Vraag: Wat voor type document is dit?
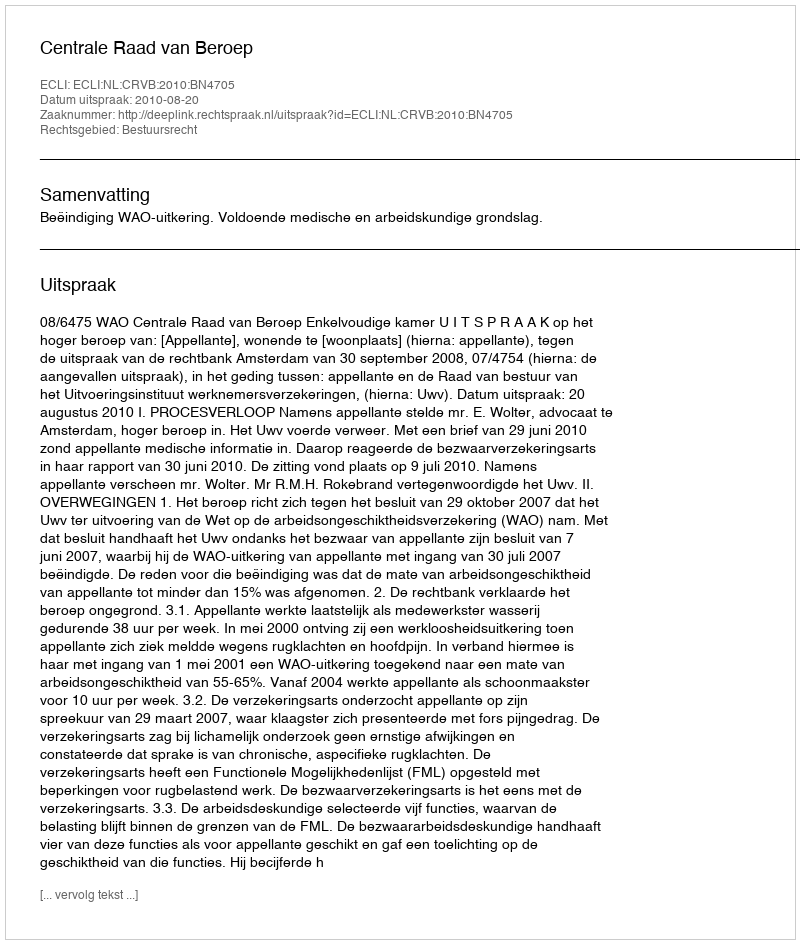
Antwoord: Uitspraak